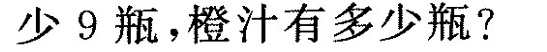
少9瓶，橙汁有多少瓶?